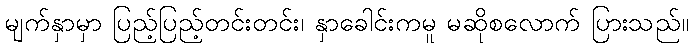
မျက်နှာမှာ ပြည့်ပြည့်တင်းတင်း၊ နှာခေါင်းကမူ မဆိုစလောက် ပြားသည်။